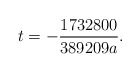
\begin{align*}t=-\frac{1732800}{389209a}.\end{align*}